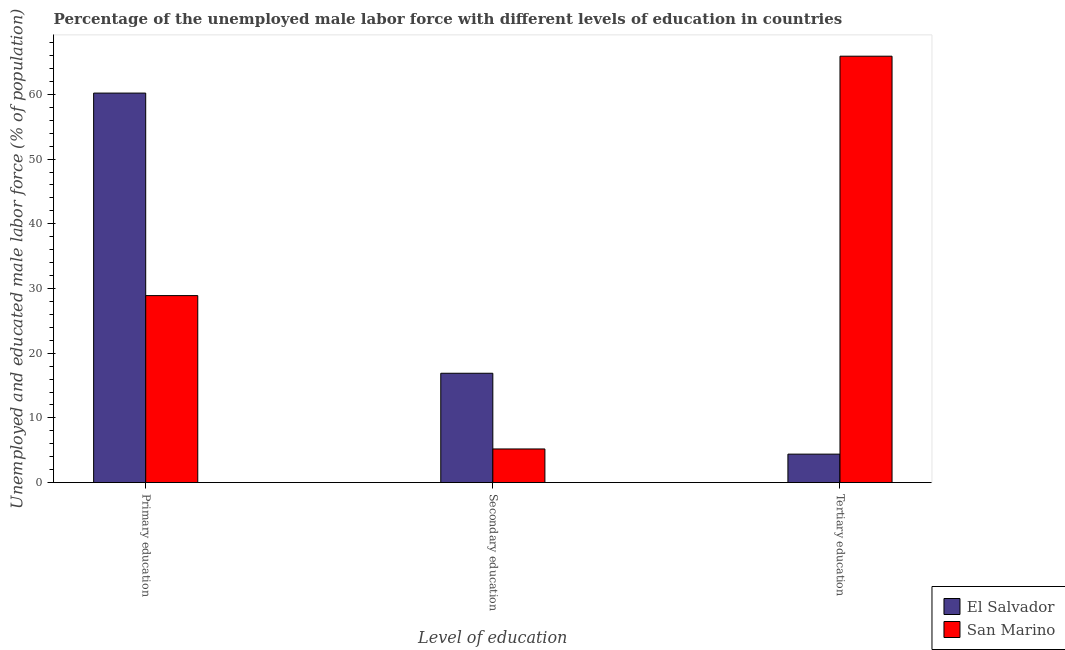
| Level of education | El Salvador | San Marino |
 | --- | --- | --- |
 | Primary education | 60.2 | 28.9 |
 | Secondary education | 16.9 | 5.2 |
 | Tertiary education | 4.4 | 65.9 |